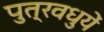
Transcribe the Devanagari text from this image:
पुत्रवधुयें